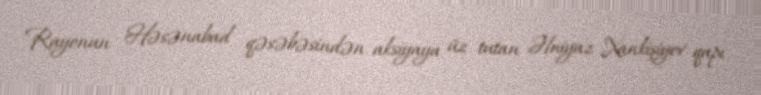
Rayonun Həsənabad qəsəbəsindən aksiyaya üz tutan Əlniyaz Xankişiyev qapı